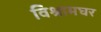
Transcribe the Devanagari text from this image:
विश्रामघर